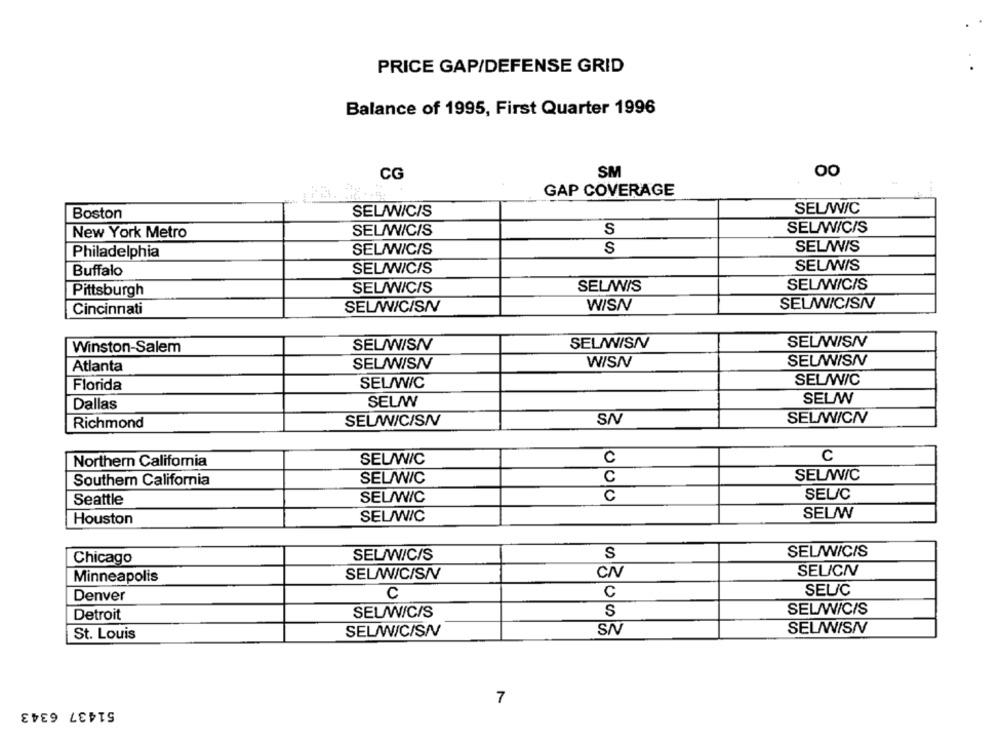
PRICE GAP/DEFENSE GRID
Balance of 1995, First Quarter 1996
CG
SM
00
GAP COVERAGE
Boston
SEL/WICIS
SEU/W/C
S
SEL/W/C/S
New York Metro
SEL/W/C/S
SEL/W/C/S
S
SEL/WIS
Philadelphia
SEUWIS
Buffalo
SEL/W/C/S
SEL/W/C/S
SEL/W/S
SEL/W/C/S
Pittsburgh
SELW/C/SN
Cincinnati
SEL/W/C/SN
W/SNV
Winston-Salem
SELAWISN
SELAISN
SEL/WISN
WISN
SEUWISI
Atlanta
SELAWISI
Florida
SEL/W/C
SEL/W/C
SEL/W
Dallas
SEL/W
Richmond
SEL/W/C/SN
SN
SEL/W/CNV
SEL/W/C
C
C
Northern California
Southern California
SEL/W/C
C
SELW/C
C
SEL/C
Seattle
SEL/W/C
Houston
SEL/W/C
SELW
SEL/W/C/S
S
SEL/W/C/S
Chicago
SEU/CIV
Minneapolis
SEL/W/C/S/
CNV
C
SEU/C
Denver
C
Detroit
SEUW/C/S
S
SEL/W/C/S
SELAWISI
St. Louis
SEL/W/C/SN
SN
51437 6343
7